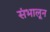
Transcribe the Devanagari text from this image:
संभालून